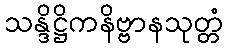
သန္ဒိဋ္ဌိကနိဗ္ဗာနသုတ္တံ